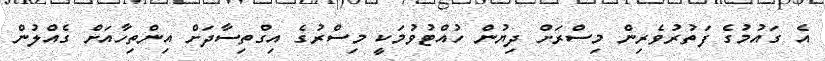
އެ ގައުމުގެ ފަތުރުވެރިން މިސްރަށް ދިޔުން ހުއްޓުވުމަކީ މިސްރުގެ އިގްތިސާދަށް އިންތިހާއަށް ގެއްލުން